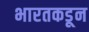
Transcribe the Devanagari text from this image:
भारतकडून